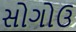
સોગોઉ